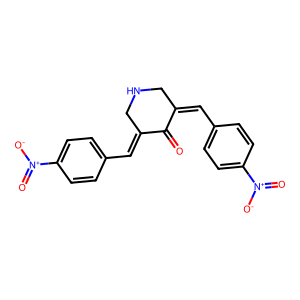
SMILES: O=C1C(=Cc2ccc([N+](=O)[O-])cc2)CNCC1=Cc1ccc([N+](=O)[O-])cc1
Inhibits HIV replication: No